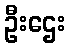
ဦးဌေး